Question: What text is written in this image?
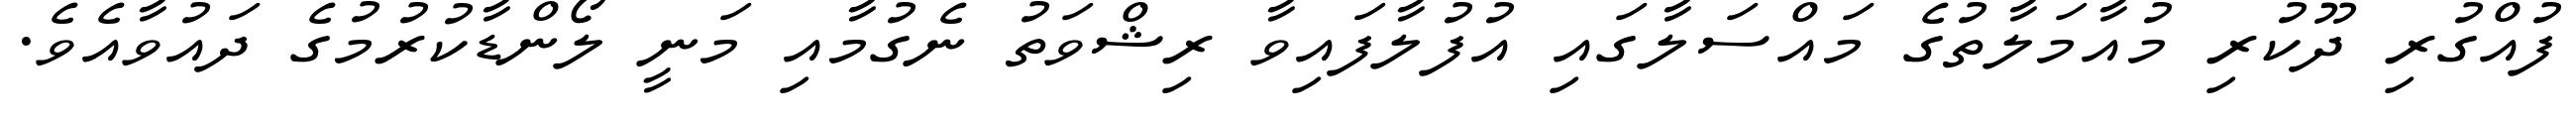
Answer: ފުއްގުރި ދޫކުރި މުއާމަލާތުގެ މައްސަލާގައި އުފުލާފައިވާ ރިޝްވަތު ނެގުމާއި މަނީ ލޯންޑާކުރުމުގެ ދައުވާއެވެ.